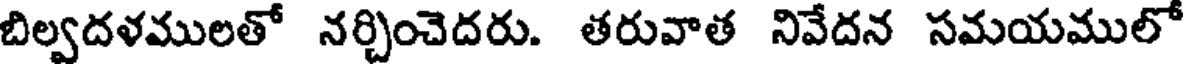
బిల్వదళములతో నర్చించెదరు. తరువాత నివేదన సమయములో